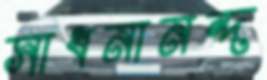
সাধনানন্দ